Report of the Indian Hemp Drugs Commission, 1894-1895 - Volume V
Year: 1894
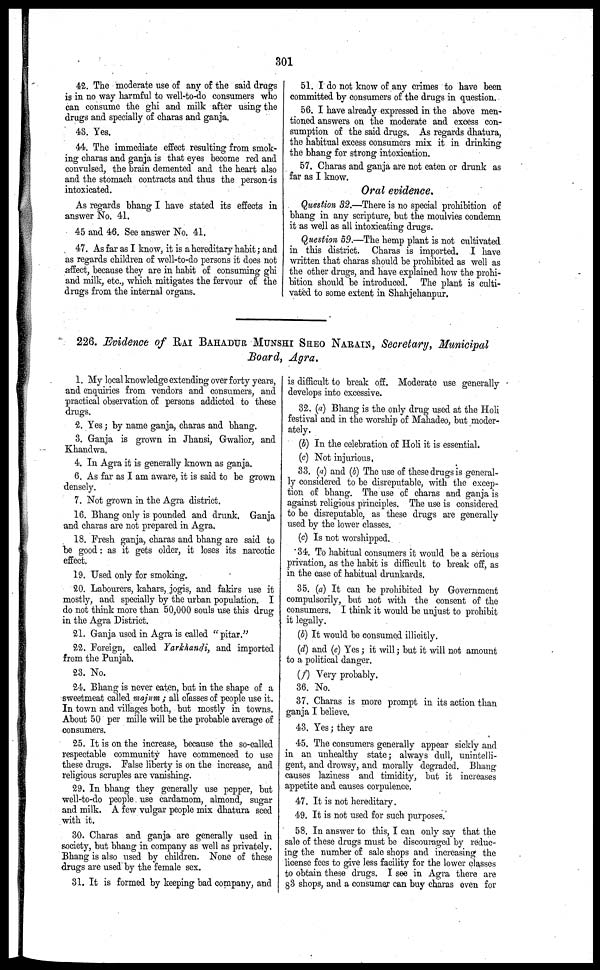
301
42. The moderate use of any of the said drugs
is in no way harmful to well-to-do consumers who
can consume the ghi and milk after using the
drugs and specially of charas and ganja.
43. Yes.
44. The immediate effect resulting from smok-
ing charas and ganja is that eyes become red and
convulsed, the brain demented and the heart also
and the stomach contracts and thus the person-is
intoxicated.
As regards bhang I have stated its effects in
answer No. 41.
45 and 46. See answer No. 41.
47. As far as I know, it is a hereditary habit; and
as regards children of well-to-do persons it does not
arffect, because they are in habit of consuming ghi
and milk, etc., which mitigates the fervour of the
drugs from the internal organs.
51. I do not know of any crimes to have been
committed by consumers of the drugs in question.
56. I have already expressed in the above men-
tioned answers on the moderate and excess con-
sumption of the said drugs. As regards dhatura,
the habitual excess consumers mix it in drinking
the bhang for strong intoxication.
57. Charas and ganja are not eaten or drunk as
far as I know.
Oral evidence.
Question 32.—There is no special prohibition of
bhang in any scripture, but the moulvies condemn
it as well as all intoxicating drugs.
Question 59.—The hemp plant is not cultivated
in this district. Charas is imported. I have
written that charas should be prohibited as well as
the other drugs, and have explained how the prohi-
bition should be introduced. The plant is culti-
vated to some extent in Shahjehanpur.
226. Evidence of RAI BAHADUR MUNSHI SHEO NARAIN, Secretary, Municipal
Board, Agra.
1. My local knowledge extending over forty years,
and enquiries from vendors and consumers, and
practical observation of persons addicted to these
drugs.
2. Yes; by name ganja, charas and bhang.
3. Ganja is grown in Jhansi, Gwalior, and
Khandwa.
4. In Agra it is generally known as ganja.
6. As far as I am aware, it is said to be grown
densely.
7. Not grown in the Agra district.
16. Bhang only is pounded and drunk. Ganja
and charas are not prepared in Agra.
18. Fresh ganja, charas and bhang arc said to
be good: as it gets older, it loses its narcotic
effect.
19. Used only for smoking.
20. Labourers, kahars, jogis, and fakirs use it
mostly, and specially by the urban population. I
do not think more than 50,000 souls use this drug
in the Agra District,
21. Ganja used in Agra is called " pitar."
22. Foreign, called Yarkhandi, and imported
from the Punjab.
23. No.
24. Bhang is never eaten, but in the shape of a
sweetmeat called majum ; all classes of people use it.
In town and villages both, but mostly in towns.
About 50 per mille will be the probable average of
consumers.
25. It is on the increase, because the so-called
respectable community have commenced to use
these drugs. False liberty is on the increase, and
religious scruples are vanishing.
29. In bhang they generally use pepper, but
well-to-do people use cardamom, almond, sugar
and milk. A few vulgar people mix dhatura seed
with it.
30. Charas and ganja are generally used in
society, but bhang in company as well as privately.
Bhang is also used by children. None of these
drugs are used by the female sex.
31. It is formed by keeping bad company, and
is difficult to break off. Moderate use generally
develops into excessive.
32. (a) Bhang is the only drug used at the Holi
festival and in the worship of Mahadeo, but moder-
ately.
(b) In the celebration of Holi it is essential.
(c) Not injurious,
33. (a) and (b) The use of these drags is general-
ly considered to be disreputable, with the excep-
tion of bhang. The use of charas and ganja is
against religious principles. The use is considered
to be disreputable, as these drugs are generally
used by the lower classes.
(c) Is not worshipped.
34. To habitual consumers it would be a serious
privation, as the habit is difficult to break off, as
in the case of habitual drunkards.
35. (a) It can be prohibited by Government
compulsorily, but not with the consent of the
consumers. I think it would be unjust to prohibit
it legally.
(b) It would bo consumed illicitly.
(d) and (e) Yes; it will; but it will not amount
to a political danger.
(f) Very probably.
36. No.
37. Charas is more prompt in its action than
ganja I believe.
43. Yes; they are
45. The consumers generally appear sickly and
in an unhealthy state; always dull, unintelli-
gent, and drowsy, and morally degraded. Bhang
causes laziness and timidity, but it increases
appetite and causes corpulence.
47. It is not hereditary.
49. It is not used for such purposes.
58. In answer to this, I can only say that the
sale of these drugs must be discouraged by reduc-
ing the number of sale shops and increasing the
license fees to give less facility for the lower classes
to obtain these drugs. I see in Agra there are
83 shops, and a consumer can buy charas oven for